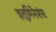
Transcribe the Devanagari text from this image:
इलुमिनेशंस